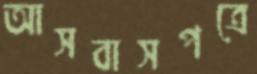
আসবাসপত্রে